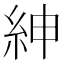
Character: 紳